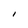
Character: I